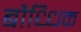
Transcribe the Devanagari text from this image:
बौध्धिक